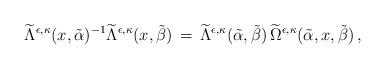
LaTeX: \begin{align*}\widetilde{\Lambda}^{\epsilon,\kappa}(x,\tilde{\alpha})^{-1}\widetilde{\Lambda}^{\epsilon,\kappa}(x,\tilde{\beta})\,=\,\widetilde{\Lambda}^{\epsilon,\kappa}(\tilde{\alpha},\tilde{\beta})\,\widetilde{\Omega}^{\epsilon,\kappa}(\tilde{\alpha},x,\tilde{\beta})\,,\end{align*}